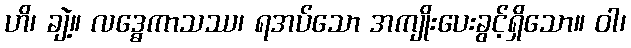
ဟိ၊ ချဲ့။ လဒ္ဓေကာသဿ၊ ရအပ်သော အကျိုးပေးခွင့်ရှိသော။ ဝါ၊